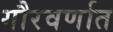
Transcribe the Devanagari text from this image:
गौरवर्णात